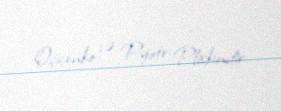
Oçiçenko və Pyotr Pliskindir.